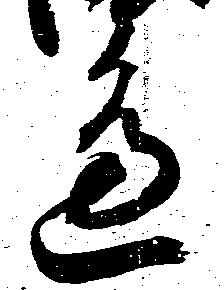
辺